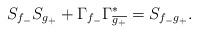
LaTeX: \begin{align*}S_{f_{-}}S_{g_{+}}+\Gamma_{f_{-}}{\Gamma^{*}_{\overline{g_{+}}}}&=S_{f_{-}g_{+}}.\\\end{align*}